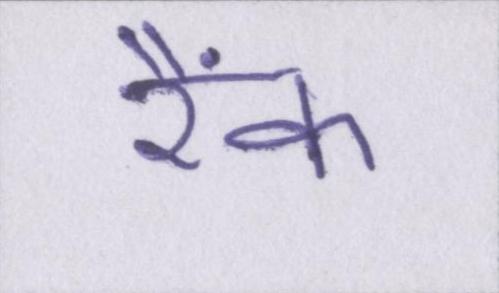
रैंक